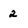
Character: 2